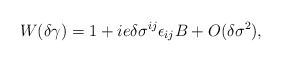
\begin{align*}W(\delta\gamma)=1+ie\delta\sigma^{ij}\epsilon_{ij}B+O(\delta\sigma^2),\end{align*}